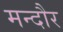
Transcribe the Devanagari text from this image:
मन्दौर